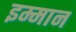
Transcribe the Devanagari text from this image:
इम्मान